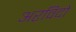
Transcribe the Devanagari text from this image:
अरविदों